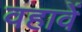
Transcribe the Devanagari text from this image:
वहावें